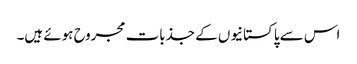
اس سے پاکستانیوں کے جذبات مجروح ہوئے ہیں۔